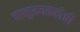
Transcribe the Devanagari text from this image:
चालुक्यकलेची